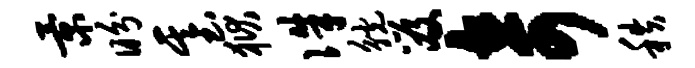
景盼基狱侏觥笈奇秩